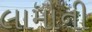
લામાની